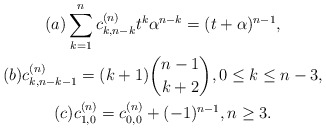
\begin{gather*}(a)\sum_{k=1}^{n} c_{k,n-k}^{(n)} t^k \alpha^{n-k} = (t+ \alpha)^{n-1},\\(b) c_{k,n-k-1}^{(n)}= (k+1) \binom{n-1}{k+2}, 0 \le k \le n-3,\\(c) c_{1,0}^{(n)} = c_{0,0}^{(n)}+ (-1)^{n-1} , n \ge 3.\end{gather*}